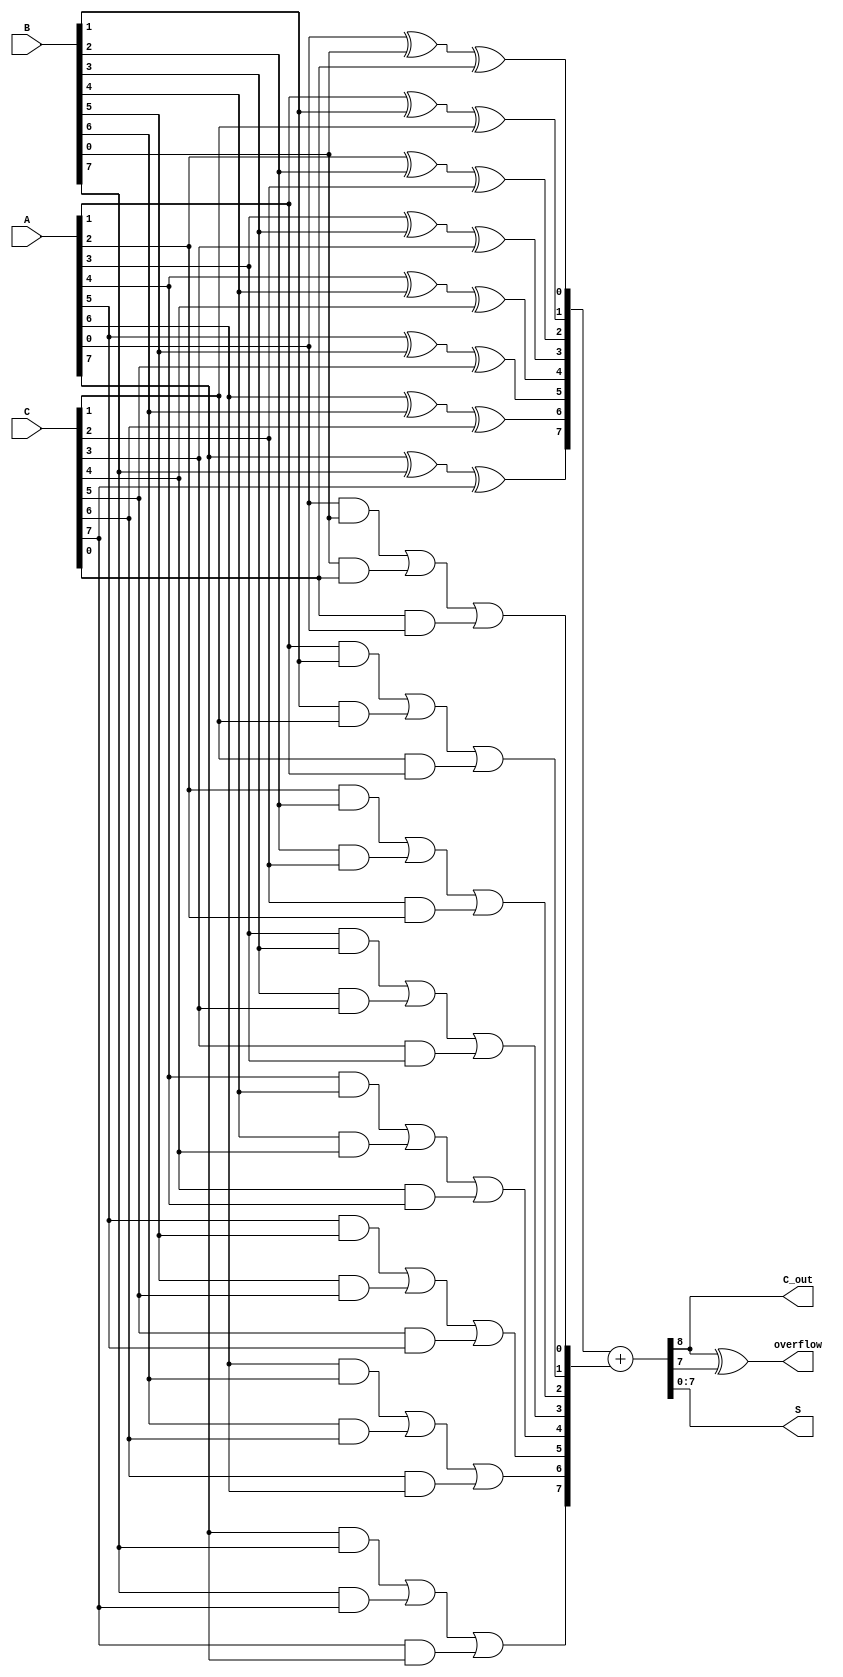
module MCSA #(parameter N = 8) (
    input [N-1:0] A,    // First operand
    input [N-1:0] B,    // Second operand
    input [N-1:0] C,    // Third operand
    output [N-1:0] S,   // Final Sum output
    output C_out,       // Carry out
    output overflow      // Overflow flag
);

// Internal wires for partial sums and carries
wire [N-1:0] S_partial;
wire [N-1:0] C_partial;

// Generate partial sums and carries for each bit
genvar i;
generate
    for (i = 0; i < N; i = i + 1) begin : CSA
        assign S_partial[i] = A[i] ^ B[i] ^ C[i]; // Partial sum
        assign C_partial[i] = (A[i] & B[i]) | (B[i] & C[i]) | (C[i] & A[i]); // Carry generation
    end
endgenerate

// Final addition: summing the partial sums and carries
wire [N:0] final_sum;
assign final_sum = {1'b0, S_partial} + {1'b0, C_partial};

// Assign final outputs
assign S = final_sum[N-1:0]; // N-bit final sum output
assign C_out = final_sum[N];  // Carry out
assign overflow = (final_sum[N] ^ final_sum[N-1]); // Overflow if the carry out is different from the sum's MSB

endmodule